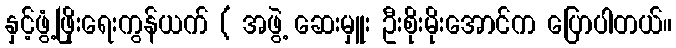
နှင့်ဖွံ့ဖြိုးရေးကွန်ယက် ( အဖွဲ့ ဆေးမှူး ဦးစိုးမိုးအောင်က ပြောပါတယ်။